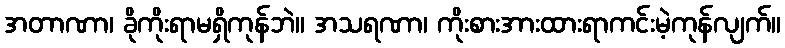
အတာဏာ၊ ခိုကိုးရာမရှိကုန်ဘဲ။ အသရဏာ၊ ကိုးစားအားထားရာကင်းမဲ့ကုန်လျက်။